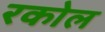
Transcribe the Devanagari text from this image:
रकोल